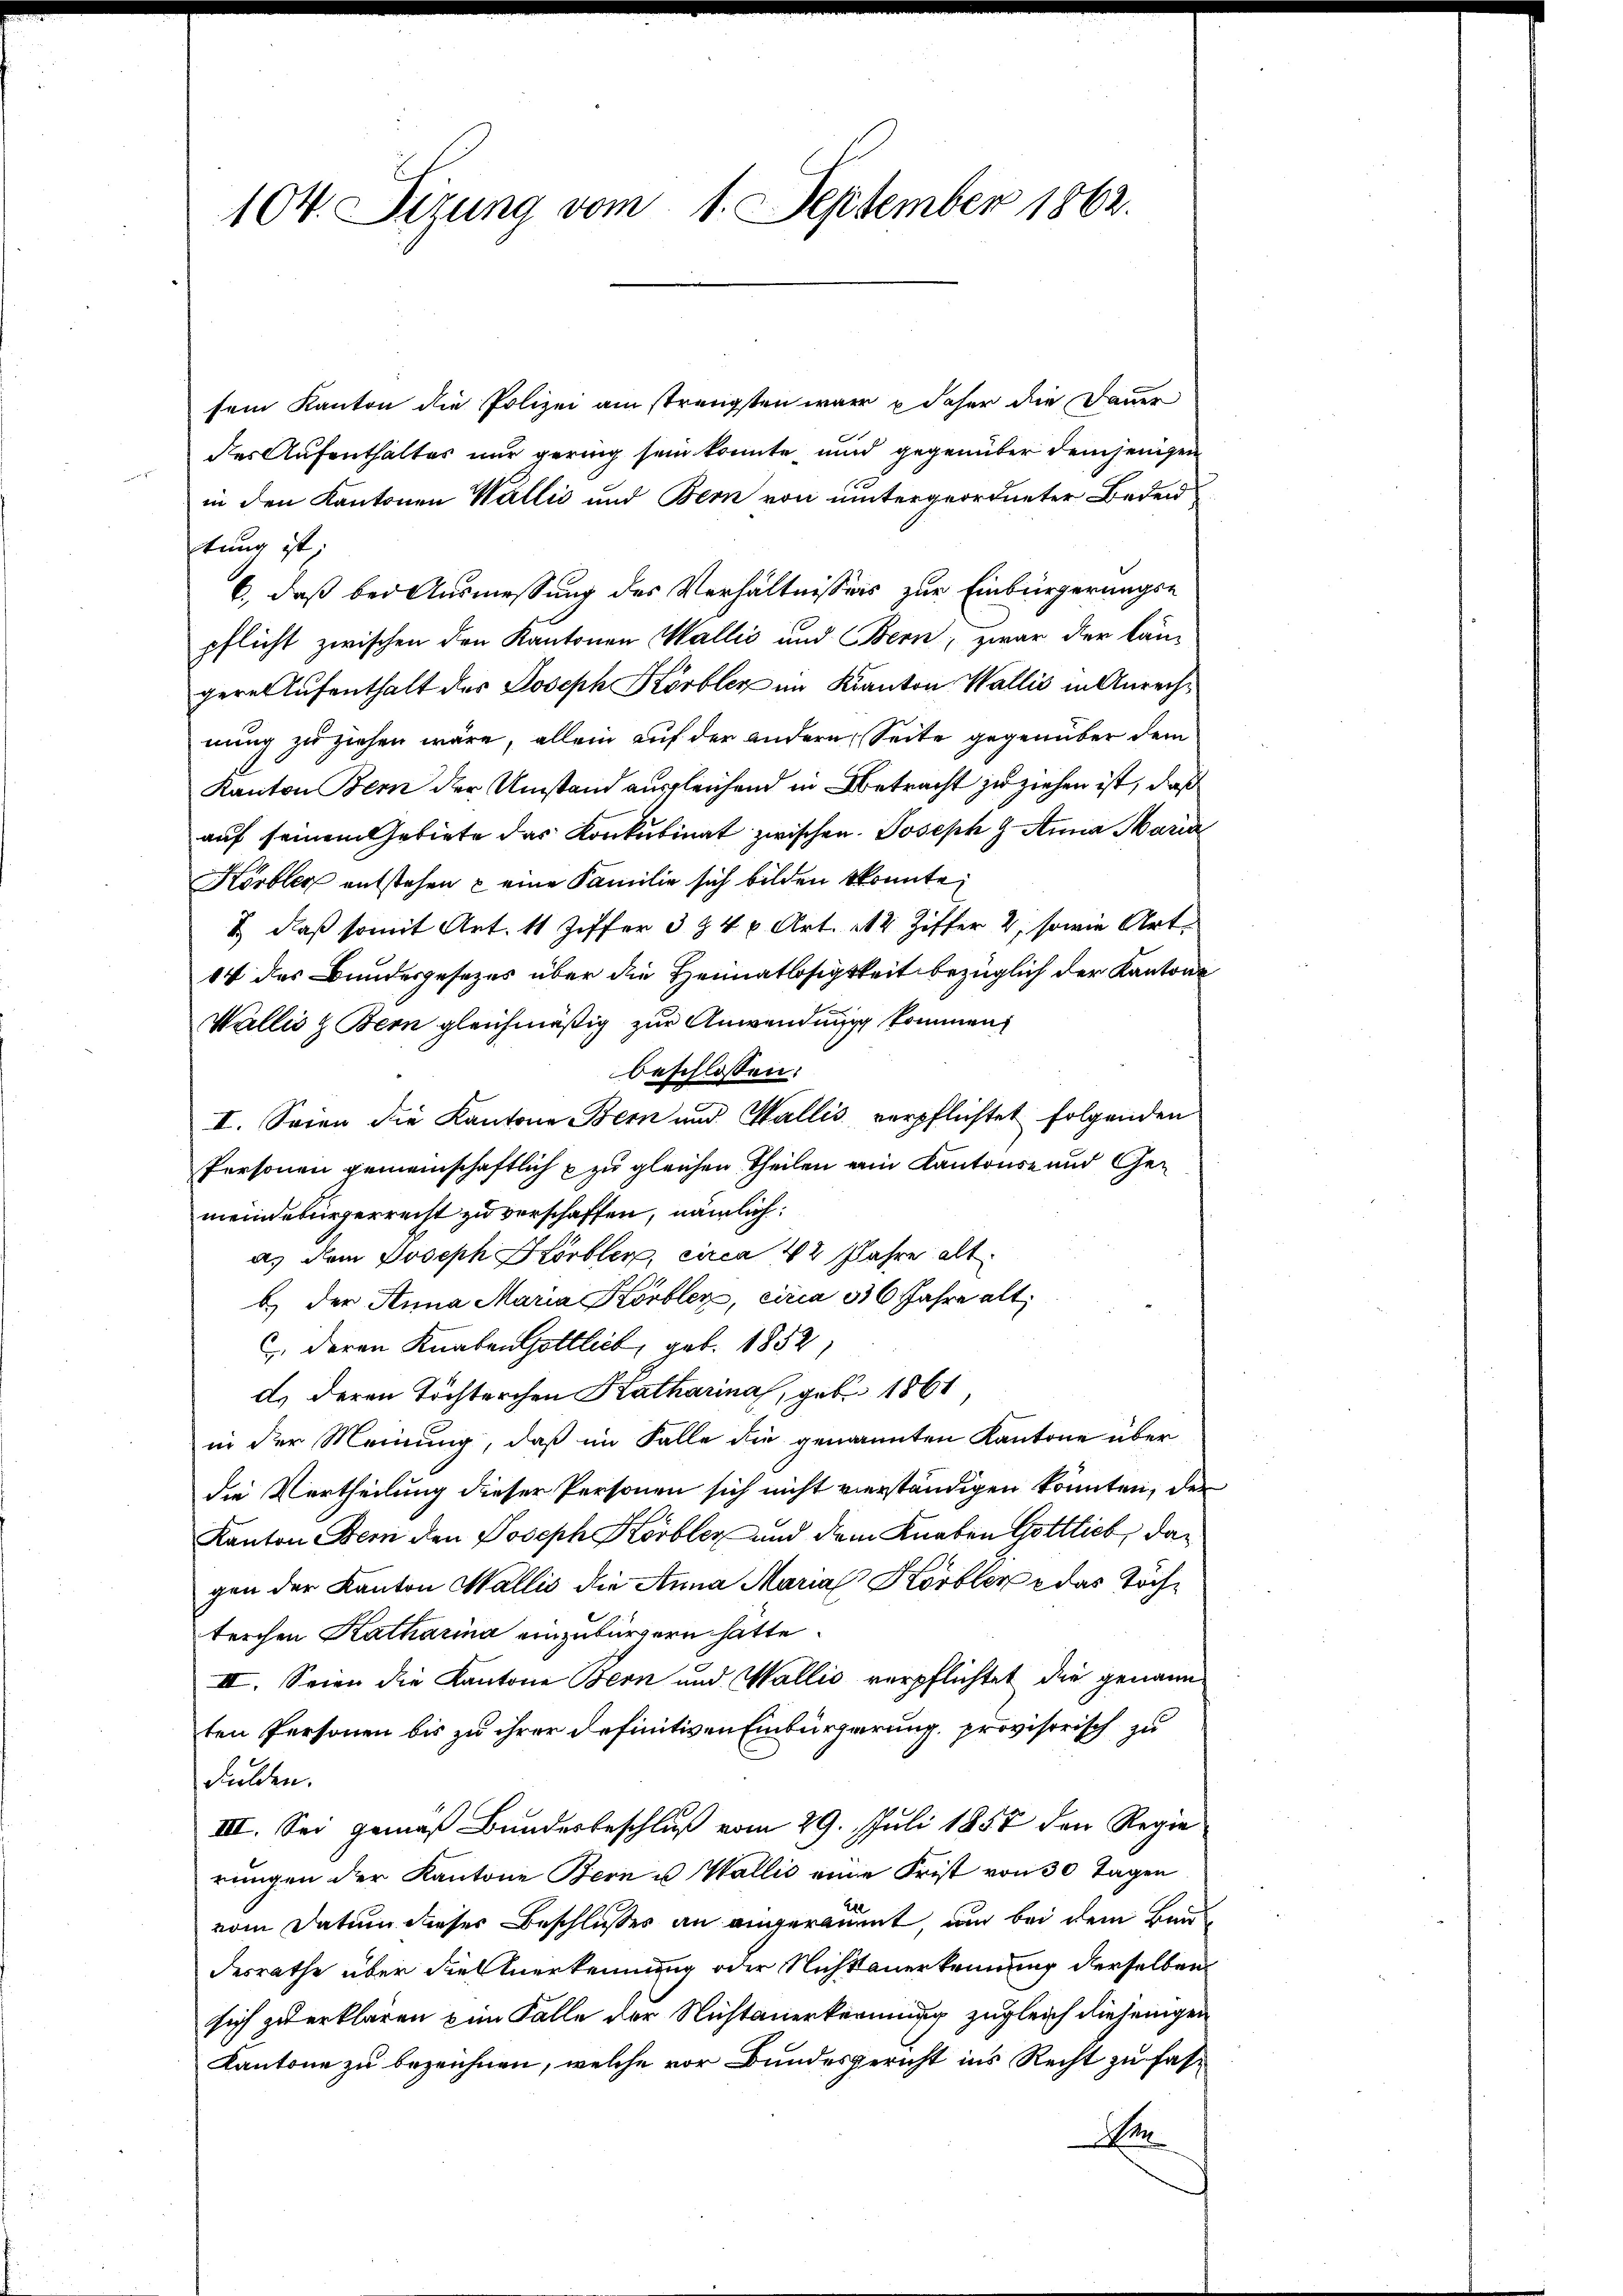
104. Sizung vom 1. September 1862.

sein Kanton die Polizei am strengsten war u daher die Dauer
des Aufenthalter nur gering sein konnte und gegenüber demjenigen
in den Kantonen Wallis und Bern von untergeordneter Beden
tung ist;
6., daß bei Ausmessung des Verhältnisseis zur Einbürgerungs-
pflicht zwischen den Kantonen Wallis und Bern, zwar der längeres Aufenthalt des Joseph Körbler im Kanton Wallis in Anrechnung zu ziehen wäre, allein auf der andern Seite gegenüber dem
Kanton Bern der Umstand ausgleichend in Betracht zu ziehen ist, daß
auf seinem Gebiete das Konkubinat zwischen. Joseph J. Anna Maria
Körber entstehen u eine Familie sich bilden konnte,
& daß somit Art. 11 Ziffer 384 Art. 112 Ziffer 2, sowie Art.
14 des Bundesgesezes über die Heimatlosigkeit bezüglich der Kantons
Wallis Bern gleichmäßig zur Anwendung kommen,
beschlossen:
II. Seien die Kantone Bern und Wallis verpflichtet folgenden
Personen gemeinschaftlich & zu gleichen Theilen ein Kantons- und Gemeindebürgerrecht zu verschaffen, nämlich:
a. dem Joseph Hörbler, circa 42 Jahre alt
b. der Anna Maria Körblez, circa 36 Jahre alt
C deren Knaben Gottlieb, geb. 1852
d. Deren Töchterchen Katharina, geb. 1861,
in der Meinung, daß im Falle die genannten Kantone über
die Vertheilung dieser Personen sich nicht verständigen könnten, der
Kanton Bern den Joseph Kobler und dem Knaben Gottlieb, dagen der Kanton Wallis die Anna Maria Körber das Töchterchen Katharina einzubürgern hatte.
II. Seien die Kantone Bern und Wallis verpflichtet die genann
ten Personen bis zu ihrer definitiven Einbürgerung provisorisch zu
Fulden.
III. Sei gemäß Bundesbeschluß vom 29. Juli 1857 den Regie
rungen der Kantone Bern u Wallis eine Frist von 30 Tagen
vom Datum dieser Beschlusses an angeräumt, und bei dem Bau
desrathe über die Anerkennung oder Nichtanerkennung derselben
sich zu erklären im Falle der Nichtanerkennung zugleich diejenigen
Kantone zu bezeichnen, welche vor Bundesgericht ins Recht zu fase